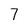
Character: 7